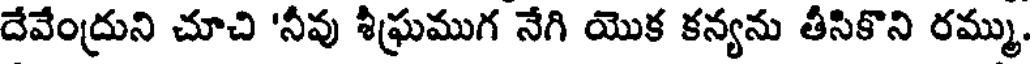
దేవేంద్రుని చూచి 'నీవు శీఘ్రముగ నేగి యొక కన్యను తీసికొని రమ్ము.